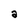
Character: a